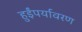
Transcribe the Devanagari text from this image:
हुईंपर्यावरण